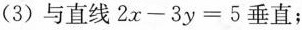
(3)与直线$$2 x - 3 y = 5$$垂直；